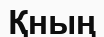
Қның